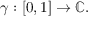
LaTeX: \gamma : [ 0 , 1 ] \to \mathbb { C } .